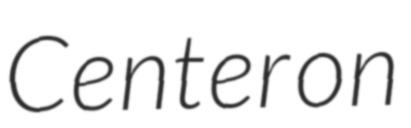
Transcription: Center on